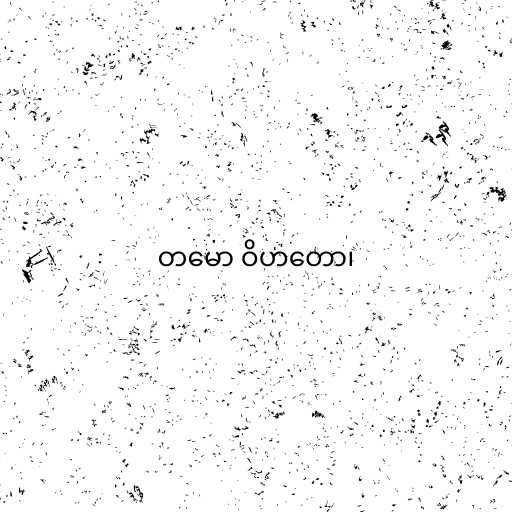
တမော ဝိဟတော၊